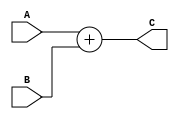
module Adder #(parameter width =32)
(input wire [width-1:0] A,
input  wire [width-1:0] B,
output wire [width-1:0] C 

);
assign C = A+B ;
endmodule